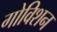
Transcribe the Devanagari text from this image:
गोविशन